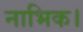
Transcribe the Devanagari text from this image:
नाभिक।